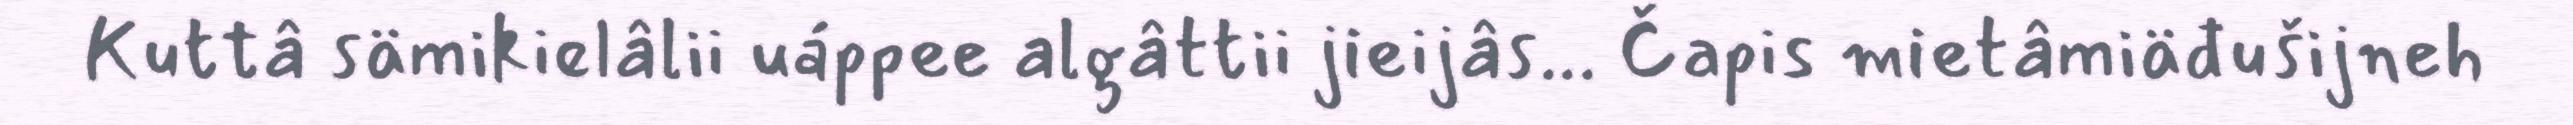
Kuttâ sämikielâlii uáppee algâttii jieijâs... Čapis mietâmiäđušijneh